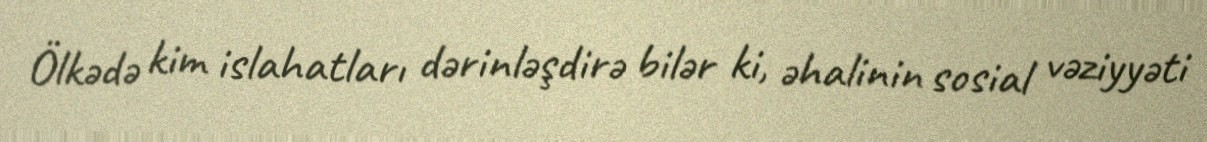
Ölkədə kim islahatları dərinləşdirə bilər ki, əhalinin sosial vəziyyəti